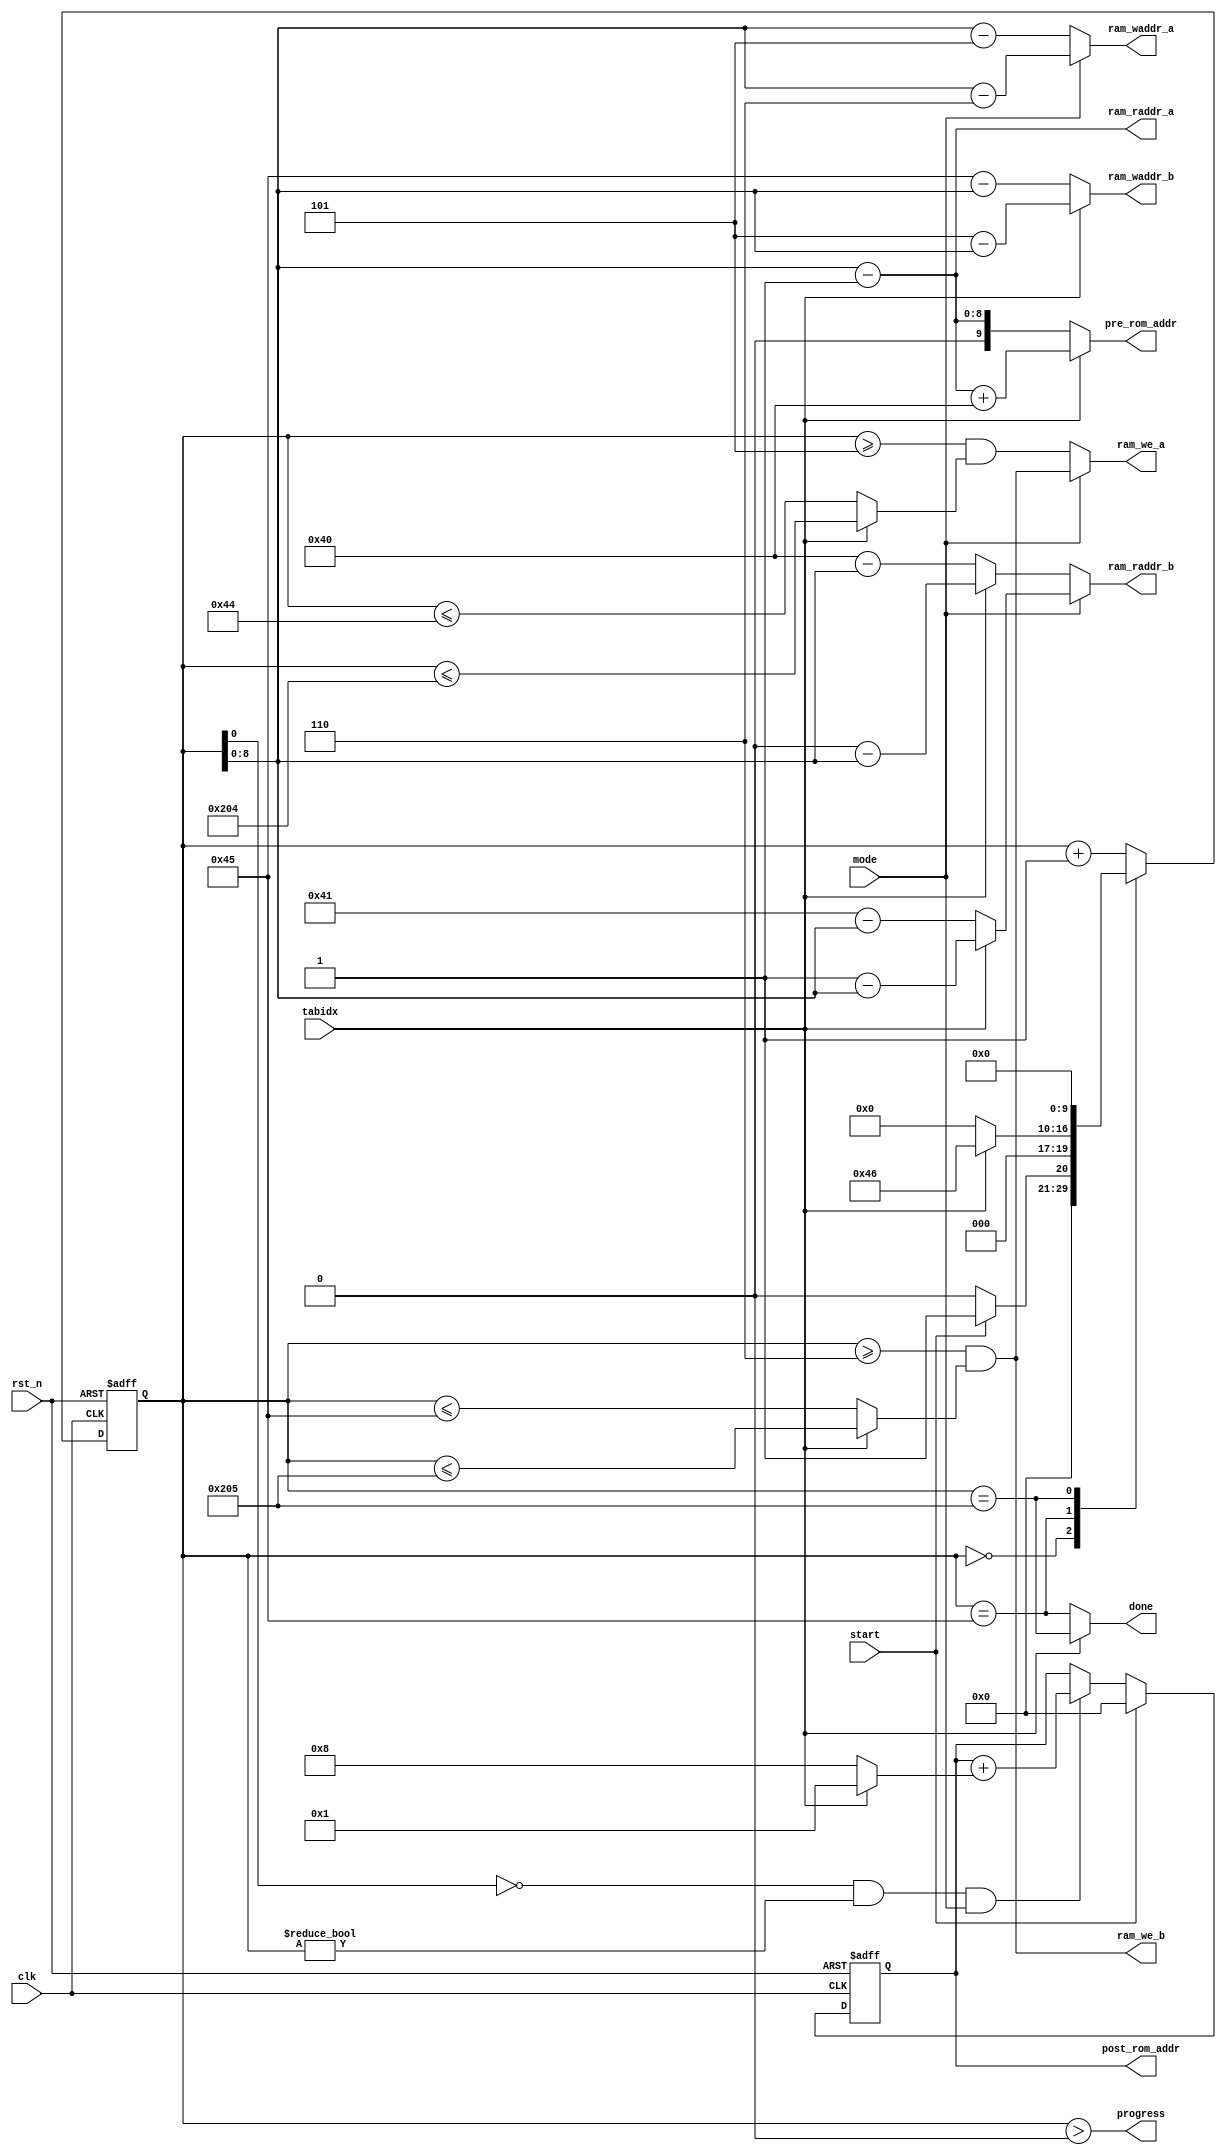
module imdct_state(
input rst_n,
input clk,
input start,
input tabidx,
input mode,

output wire [8:0] ram_raddr_a,
output wire [8:0] ram_raddr_b,
output wire [8:0] ram_waddr_a,
output wire [8:0] ram_waddr_b,
output wire ram_we_a,
output wire ram_we_b,
output wire [9:0] pre_rom_addr,
output reg  [8:0] post_rom_addr,
output wire done,
output wire progress
);

reg [9:0] state_in;
reg [9:0] state;

always @(*)
  case(state)
    10'h000: state_in = start ? 10'h1 : 10'h0;
    10'h045: state_in = tabidx ? 10'h46 : 10'h0;
    10'h205: state_in = 10'h0;
    default: state_in = state + 10'h1;
  endcase

always @(negedge rst_n or posedge clk)
  if (~rst_n)
    state <= 10'h0;
  else
    state <= state_in;

assign ram_raddr_a = state - 1'h1;
assign ram_raddr_b = mode ? (tabidx ? (10'h201 - state) : (10'h41 - state)) : (tabidx ? (10'h200 - state) : (10'h40 - state));

assign ram_waddr_a = mode ? (state - 3'h6) : (state - 3'h5);
assign ram_waddr_b = tabidx ? (10'h205 - state) : (10'h45 - state);

assign ram_we_a = mode ? ram_we_b : ((state >= 10'h5) && (tabidx ? (state <= 10'h204) : (state <= 10'h44)) );
assign ram_we_b = (state >= 10'h6) && (tabidx ? (state <= 10'h205) : (state <= 10'h45) );

assign pre_rom_addr = tabidx ? (ram_raddr_a + 10'h40) : ram_raddr_a;

assign done = tabidx ? (state == 10'h205) : (state == 10'h45);

assign progress = (state > 0);

always @(negedge rst_n or posedge clk)
  if (~rst_n)
    post_rom_addr <= 8'h0;
  else if (start)
    post_rom_addr <= 8'h0;
  else if ((state[0] == 1'b0) && (state != 0) && (mode == 1))
    post_rom_addr <= post_rom_addr + (tabidx ? 8'h1 : 8'h8);
    

endmodule